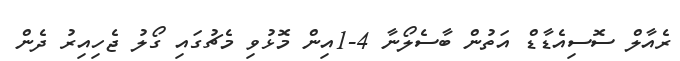
ރެއާލް ސޮސިއެޑާޑް އަތުން ބާސެލޯނާ 4-1އިން މޮޅުވި މެޗުގައި ގޯލު ޖެހިއިރު ދެން